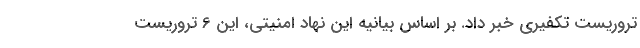
تروریست تکفیری خبر داد. بر اساس بیانیه این نهاد امنیتی، این 6 تروریست